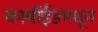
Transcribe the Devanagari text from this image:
कार्बाईडमधून